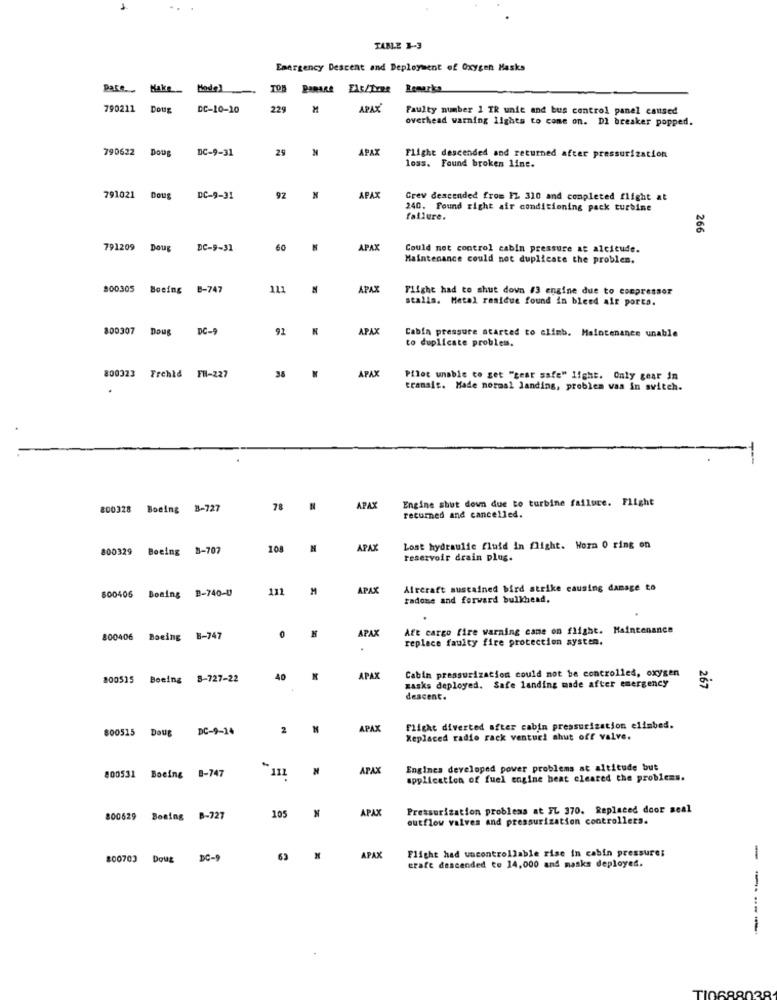
TABLE 3-3
Emergency Descent and Deployment of Oxygen Masks
Pare
Make_ Mode)
TOR
PARARe ELS/LYRe Remarka
790211
Doug
DC-10-10
229
M
APAX
Faulty number 1 IR unit and bus control panel caused
overhead warning lights to come on. DI breaker popped.
790622
Dous
DC-9-31
29
APAX
Flight descended and returned after pressurization
loss. Found broken line.
791021
Doug
DC-9-31
92
APAX
Grew descended from 1Z 310 and completed flight at
240. Found right air conditioning pack turbine
failure.
266
791209
Doug
DC-9-31
60
APAX
Could not control cabin pressure at alcicude.
Maintenance could not duplicate the problem.
900305
B-747
111
APAX
Flight had to shut down #3 engine due to compressor
stalls. Metal residue found in bleed air ports.
800307
Doug
DC-9
92
APAX
Cabia pressure started to climb. Maintenance unable
to duplicate problem.
APAX
800323 Frehid FH-227
38
Pilot unable to get "gear safe" light. Only gear in
transit. Hade normal landing, problem vas in switch.
Engine shut down due to turbine failure. Flight
200328
Boeing B-727
78
APAX
recurned and cancelled.
800329 Boeing 8-707
108
APAX
Lost hydraulic fluid in flight. Worm O ring on
reservoir drain plus.
800406 Boeing B-740-U
111
M
APAX
Aircraft sustained bird strike causing damage to
radose and forward bulkhead.
APAX
Aft cargo fire warning came on flight. Maintenance
800406
Boeing 8-747
0
replace faulty fire protection system.
Cabin pressurization could not be controlled, oxygen
200515 Boeing 8-727-22
40
APAX
267
masks deployed. Safe landing made after emergency
descent.
DC-9-14
2
APAX
Flight diverted after cabin pressurization climbed.
800515 Doug
Replaced radio rack venturi shut off valve.
111
APAX
Engines developed power problems at altitude but
800531 Boeing
8-747
application of fuel engine heat cleared the problems.
APAX
Pressurization problems at FL 370. Replaced door seal
800629 Besing B-727
105
outflow valves and pressurization controllers.
Flight had uncontrollable rise in cabin pressure;
800703 Doug DC-9
63
APAX
craft descended to 14,000 and masks deployed.
-
-----
TIO
$880